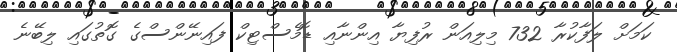
ކަމަށް ލަފާކުރާ 732 މިލިއަން ރުފިޔާ އިންނާއި ޑޮމެސްޓިކް ފައިނޭންސްގެ ގޮތުގައި ލިބޭނެ